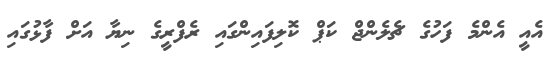
އެއީ އެންމެ ފަހުގެ ޗެލެންޖް ކަޕް ކޮލިފައިންގައި ރެފްރީގެ ނިޔާ އަށް ފާޅުގައި